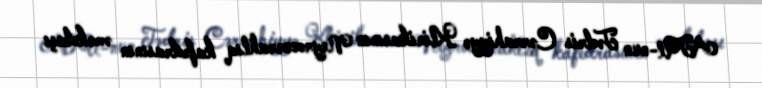
ATU-nun Tədris Cərrahiyyə Klinikasının Neyrocərrahlıq kafedrasının əməkdaşı